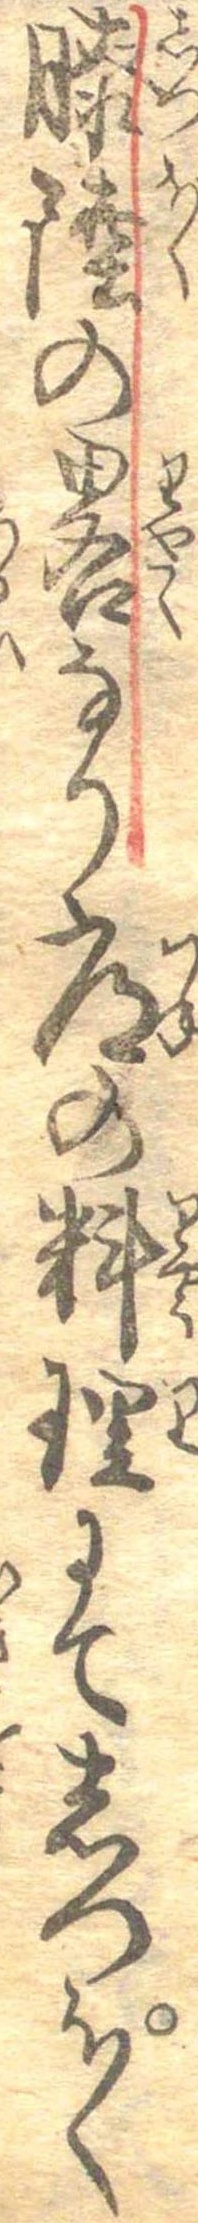
膝陸の略なり常の料理にてしつぽく